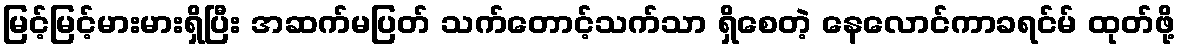
မြင့်မြင့်မားမားရှိပြီး အဆက်မပြတ် သက်တောင့်သက်သာ ရှိစေတဲ့ နေလောင်ကာခရင်မ် ထုတ်ဖို့